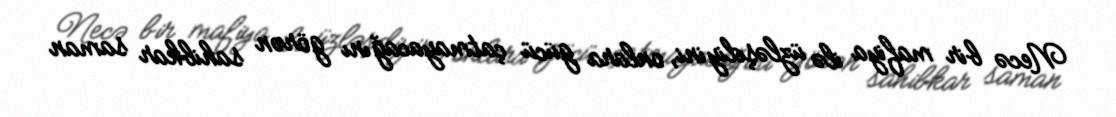
Necə bir mafiya ilə üzləşdiyini, onlara gücü çatmayacağını görən sahibkar saman